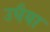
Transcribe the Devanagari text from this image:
उघैया